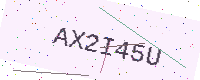
Text: AX2I45U